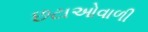
છટાઓવાળી